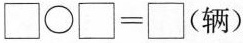
$$\square\bigcirc\square=\square(辆)$$